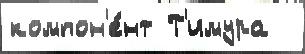
компон'е́нт Т'имура